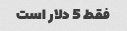
فقط 5 دلار است